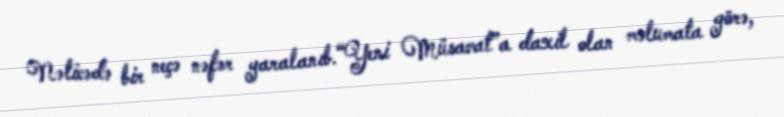
Nəticədə bir neçə nəfər yaralanıb.“Yeni Müsavat”a daxil olan məlumata görə,